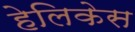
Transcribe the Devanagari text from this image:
हेलिकेस